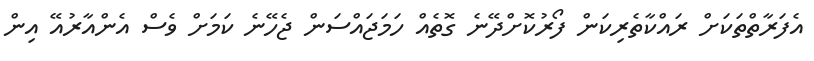
އެފަރާތްތަކަށް ރައްކާތެރިކަން ފޯރުކޮށްދޭނެ ގޮތެއް ހަމަޖައްސަން ޖެހޭނެ ކަމަށް ވެސް އެންއާރުއޭ އިން